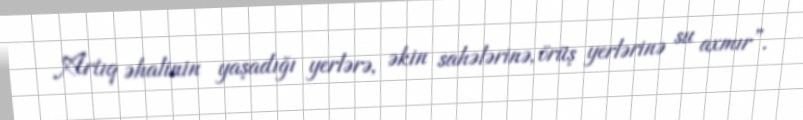
Artıq əhalinin yaşadığı yerlərə, əkin sahələrinə, örüş yerlərinə su axmır”.